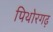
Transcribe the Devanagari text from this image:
पिथोरगढ़